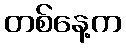
တစ်နေ့က